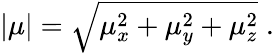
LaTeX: \begin{array}{r}{|\mu|=\sqrt{\mu_{x}^{2}+\mu_{y}^{2}+\mu_{z}^{2}}\; .}\end{array}